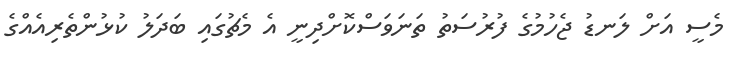
މެސީ އަށް ލަނޑު ޖެހުމުގެ ފުރުސަތު ތަނަވަސްކޮށްދިނީ އެ މެޗުގައި ބަދަލު ކުޅުންތެރިއެއްގެ